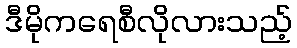
ဒီမိုကရေစီလိုလားသည့်